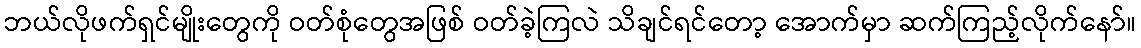
ဘယ်လိုဖက်ရှင်မျိုးတွေကို ဝတ်စုံတွေအဖြစ် ဝတ်ခဲ့ကြလဲ သိချင်ရင်တော့ အောက်မှာ ဆက်ကြည့်လိုက်နော်။